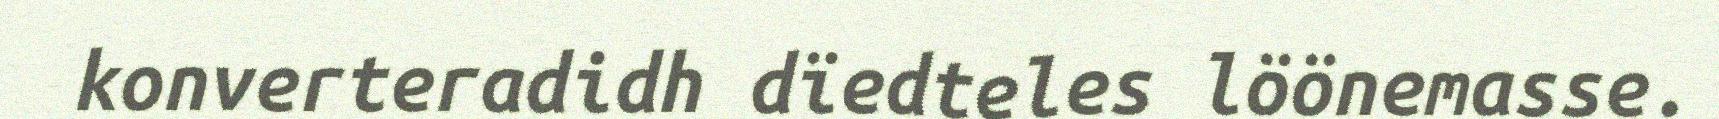
konverteradidh dïedteles löönemasse.